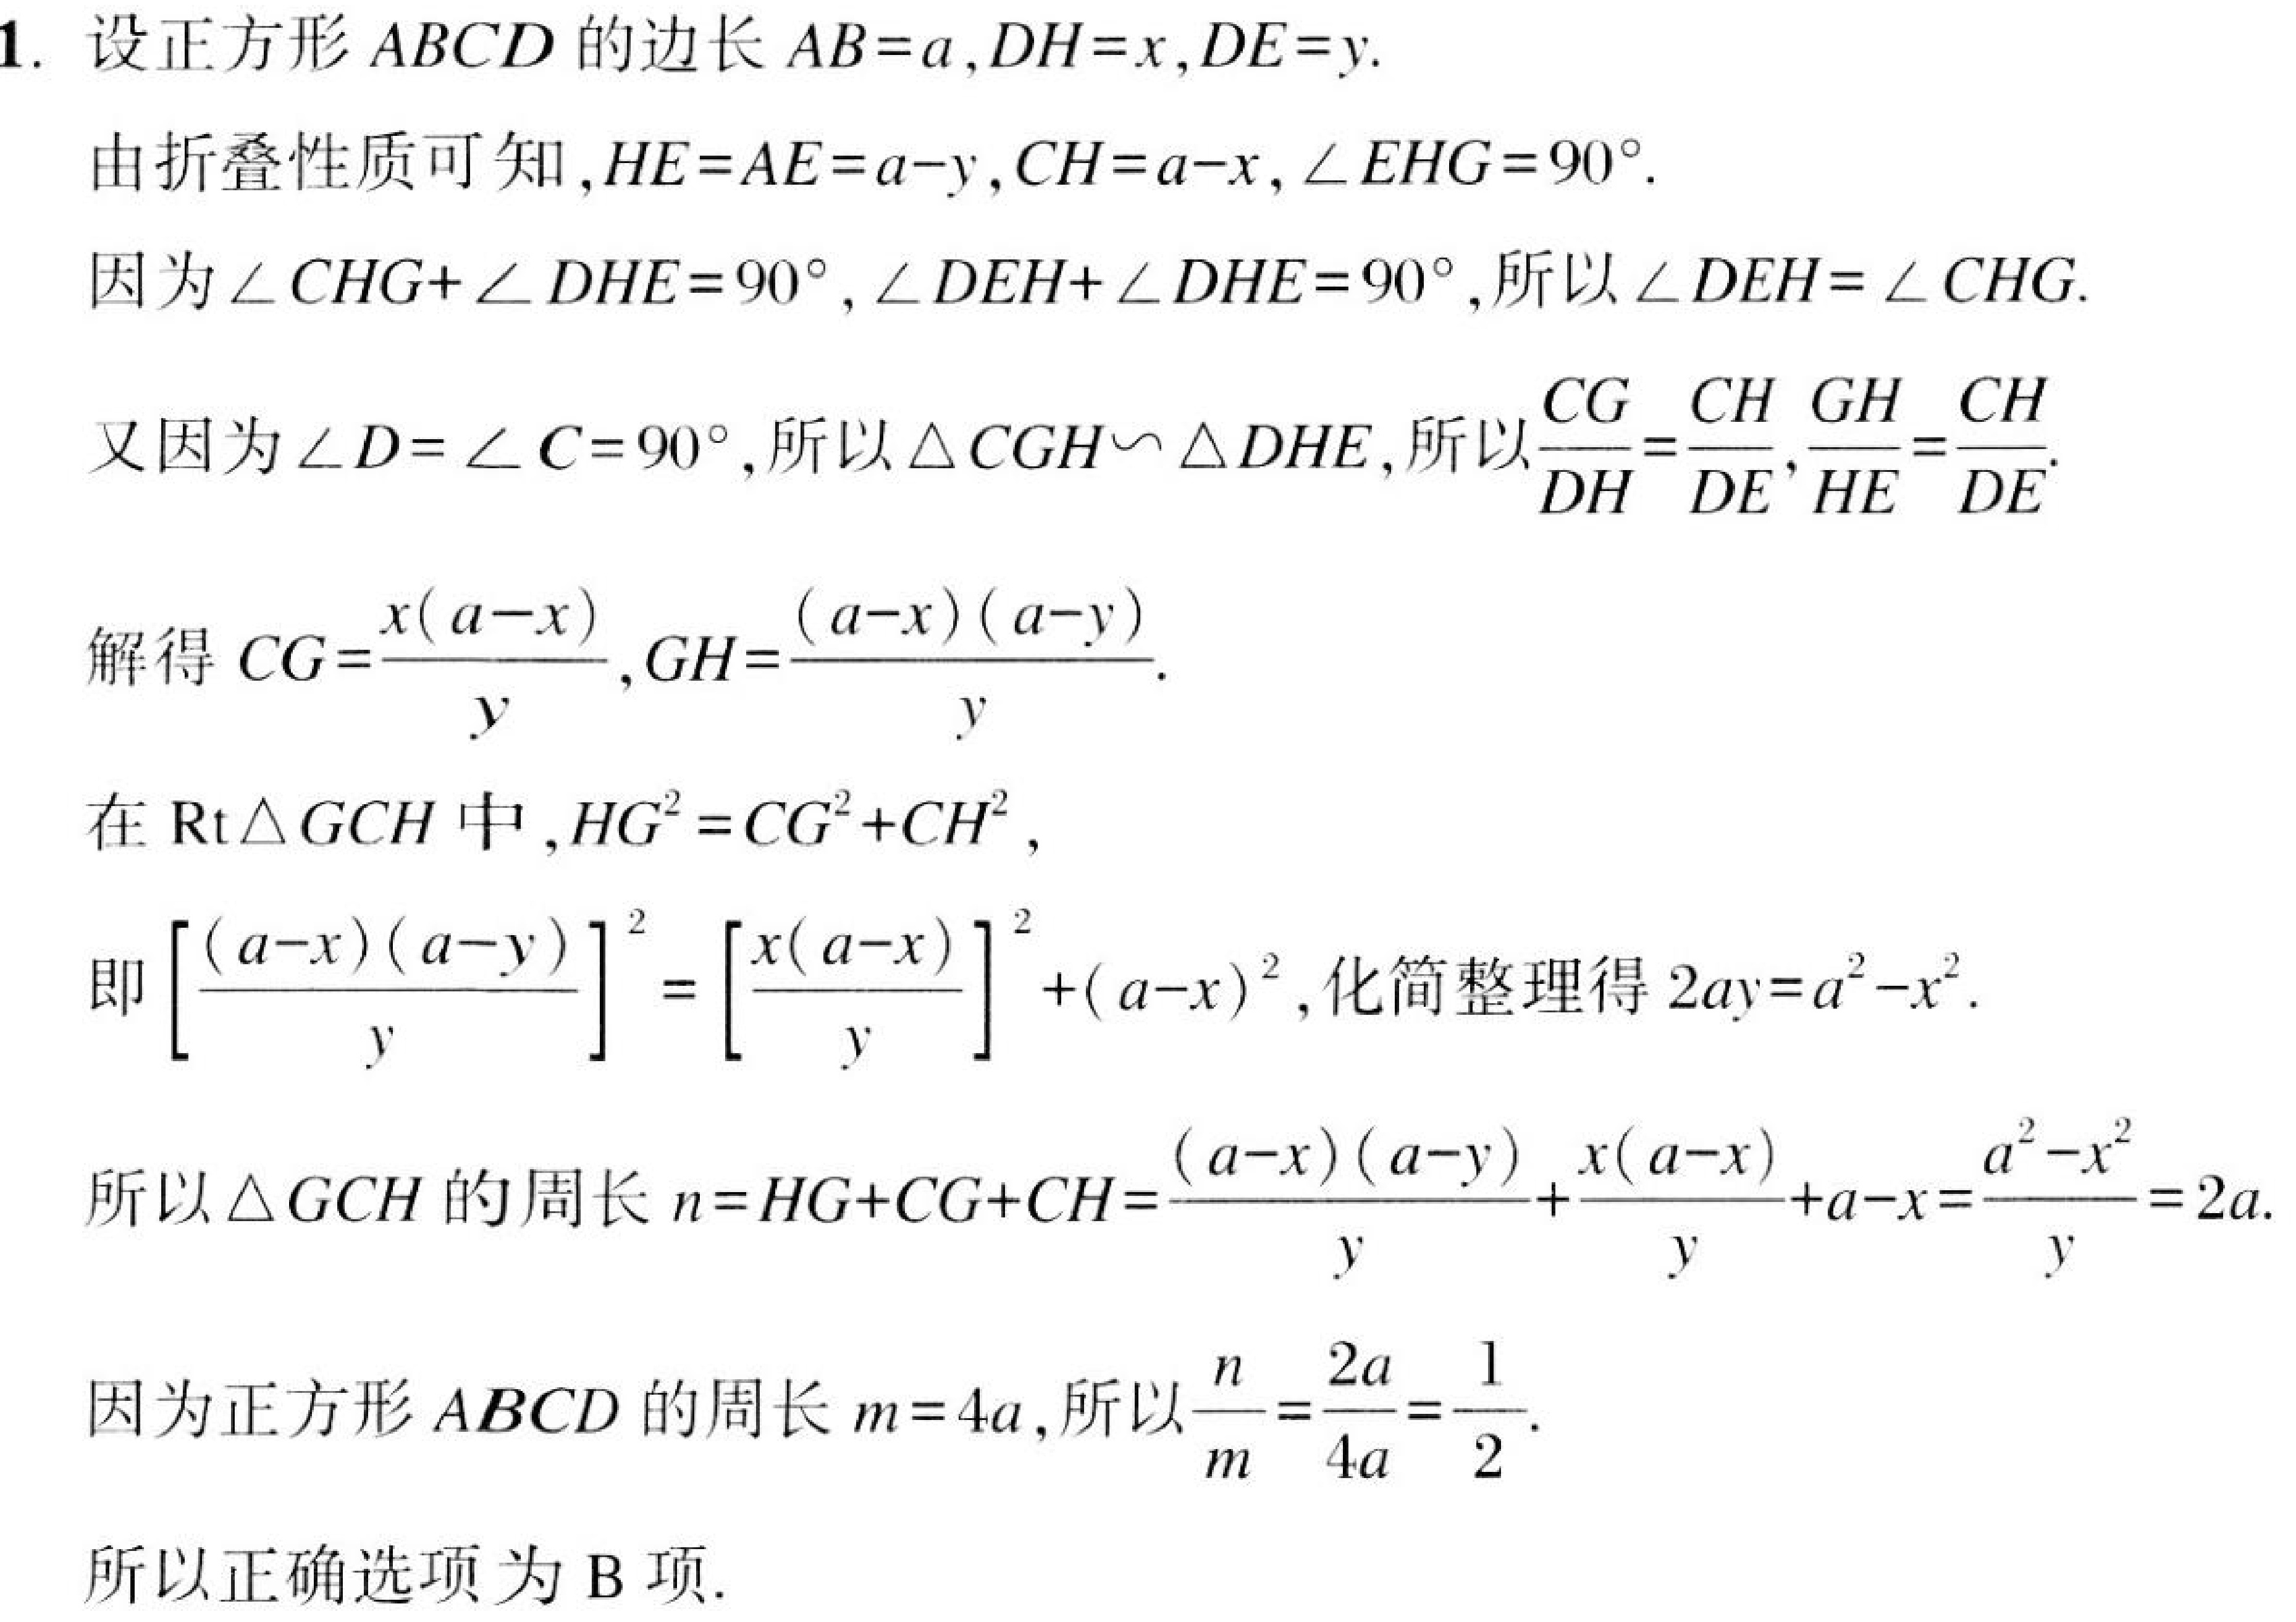
1. 设正方形 \(ABCD\) 的边长 \(AB = a\), \(DH = x\), \(DE = y\).
由折叠性质可知，\(HE = AE = a - y\), \(CH = a - x\), \(\angle EHG = 90^{\circ}\).
因为\(\angle CHG+\angle DHE = 90^{\circ}\), \(\angle DEH+\angle DHE = 90^{\circ}\),所以\(\angle DEH = \angle CHG\).
又因为\(\angle D=\angle C = 90^{\circ}\),所以\(\triangle CGH\sim\triangle DHE\),所以\(\frac{CG}{DH}=\frac{CH}{DE}\), \(\frac{GH}{HE}=\frac{CH}{DE}\).
解得 \(CG=\frac{x(a - x)}{y}\), \(GH=\frac{(a - x)(a - y)}{y}\).
在\(\text{Rt}\triangle GCH\)中，\(HG^{2}=CG^{2}+CH^{2}\),
即\(\left[\frac{(a - x)(a - y)}{y}\right]^{2}=\left[\frac{x(a - x)}{y}\right]^{2}+(a - x)^{2}\),化简整理得 \(2ay=a^{2}-x^{2}\).
所以\(\triangle GCH\)的周长 \(n = HG + CG+CH=\frac{(a - x)(a - y)}{y}+\frac{x(a - x)}{y}+a - x=\frac{a^{2}-x^{2}}{y}=2a\).
因为正方形 \(ABCD\) 的周长 \(m = 4a\),所以\(\frac{n}{m}=\frac{2a}{4a}=\frac{1}{2}\).
所以正确选项为 B 项.